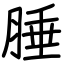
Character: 腄